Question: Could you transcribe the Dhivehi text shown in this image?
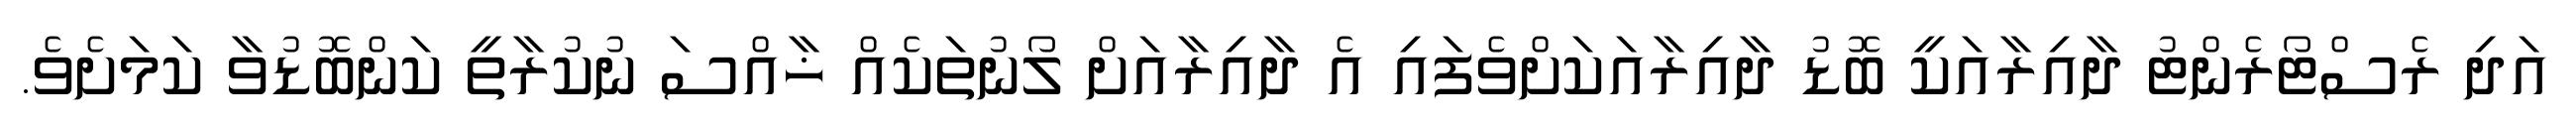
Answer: އަދި ރެސްޓޯރެންޓު ދާއިރާއަކީ ބޮޑު ދާއިރާއަކަށްވެފައި އެ ދާއިރާއަށް ލޯނުތަކެއް ޚާއްސަ ނުކުރާތީ ކަންބޮޑުވާ ކަމަށެވެ.